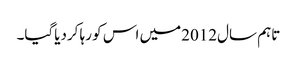
تاہم سال2012میں اس کو رہا کردیاگیا۔